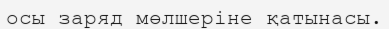
осы заряд мөлшеріне қатынасы.